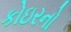
કોઇરનો